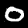
Label: 0